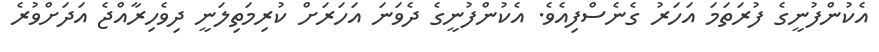
އެކުންފުނީގެ ފުރަތަމަ އަހަރު ގެނެސްފިއެވެ. އެކުންފުނީގެ ދެވަނަ އަހަރަށް ކުރިމަތިލަނީ ދިވެހިރާއްޖެ އަދަށްވުރެ